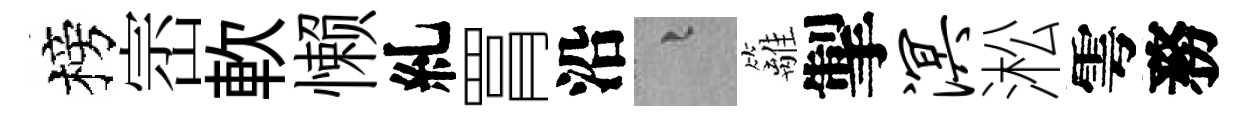
榜崈軟懒糺罥沿融籬掣溟淞雩務